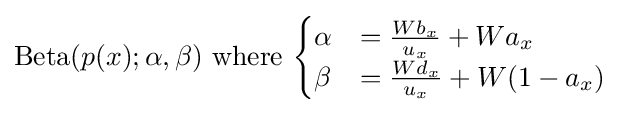
\mathrm {Beta} (p(x);\alpha ,\beta ){\mbox{ where }}{\begin{cases}\alpha &={\frac {Wb_{x}}{u_{x}}}+Wa_{x}\\\beta &={\frac {Wd_{x}}{u_{x}}}+W(1-a_{x})\end{cases}}\,\!